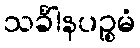
သင်္ခါနပဉ္စမံ